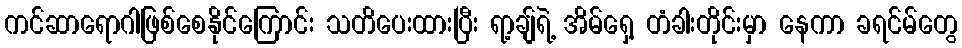
ကင်ဆာရောဂါဖြစ်စေနိုင်ကြောင်း သတိပေးထားပြီး ရာ့ချ်ရဲ့ အိမ်ရှေ့ တံခါးတိုင်းမှာ နေကာ ခရင်မ်တွေ